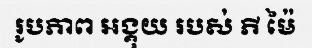
រូបភាព អង្គុយ របស់ ភី ម៉ៃ